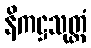
နိကဋ္ဌသုတ္တံ